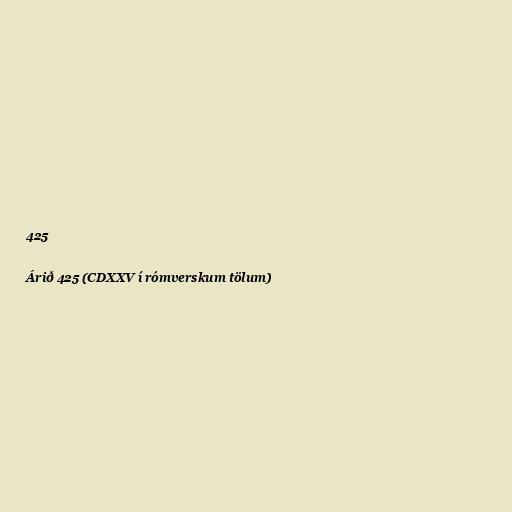
425

Árið 425 (CDXXV í rómverskum tölum)